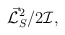
\begin{align*}{\vec{\cal L}_S}^2 /2{\cal I}, \end{align*}